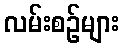
လမ်းစဉ်များ